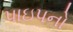
પાઇપનો